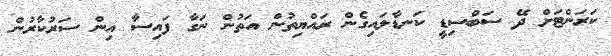
ކަަރަންޓަށް ދޭ ސަބްސިޑީ ކަނޑާލައިގެން ރައްޔިތުން އަތުން ނަގާ ފައިސާ އިން ސަރުކާރުން